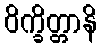
ဝိက္ခိတ္တာနိ